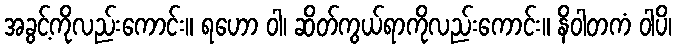
အခွင့်ကိုလည်းကောင်း။ ရဟော ဝါ၊ ဆိတ်ကွယ်ရာကိုလည်းကောင်း။ နိဝါတကံ ဝါပိ၊